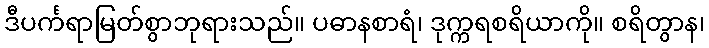
ဒီပင်္ကရာမြတ်စွာဘုရားသည်။ ပဓာနစာရံ၊ ဒုက္ကရစရိယာကို။ စရိတွာန၊